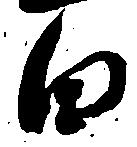
白